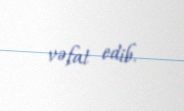
vəfat edib.